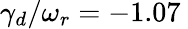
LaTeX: \gamma_{d}/\omega_{r}=-1.07\